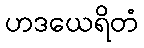
ဟဒယေရိတံ